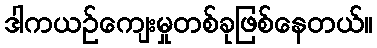
ဒါကယဉ်ကျေးမှုတစ်ခုဖြစ်နေတယ်။